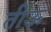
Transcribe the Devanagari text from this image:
तीऊ